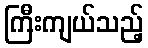
ကြီးကျယ်သည့်